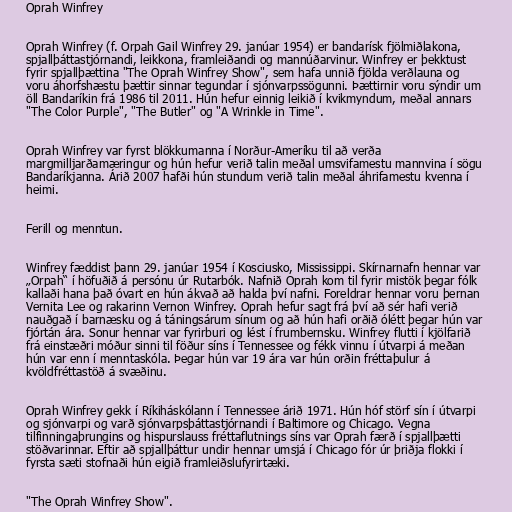
Oprah Winfrey

Oprah Winfrey (f. Orpah Gail Winfrey 29. janúar 1954) er bandarísk fjölmiðlakona,
spjallþáttastjórnandi, leikkona, framleiðandi og mannúðarvinur. Winfrey er þekktust
fyrir spjallþættina "The Oprah Winfrey Show", sem hafa unnið fjölda verðlauna og
voru áhorfshæstu þættir sinnar tegundar í sjónvarpssögunni. Þættirnir voru sýndir um
öll Bandaríkin frá 1986 til 2011. Hún hefur einnig leikið í kvikmyndum, meðal annars
"The Color Purple", "The Butler" og "A Wrinkle in Time".

Oprah Winfrey var fyrst blökkumanna í Norður-Ameríku til að verða
margmilljarðamæringur og hún hefur verið talin meðal umsvifamestu mannvina í sögu
Bandaríkjanna. Árið 2007 hafði hún stundum verið talin meðal áhrifamestu kvenna í
heimi.

Ferill og menntun.

Winfrey fæddist þann 29. janúar 1954 í Kosciusko, Mississippi. Skírnarnafn hennar var
„Orpah“ í höfuðið á persónu úr Rutarbók. Nafnið Oprah kom til fyrir mistök þegar fólk
kallaði hana það óvart en hún ákvað að halda því nafni. Foreldrar hennar voru þernan
Vernita Lee og rakarinn Vernon Winfrey. Oprah hefur sagt frá því að sér hafi verið
nauðgað í barnæsku og á táningsárum sínum og að hún hafi orðið ólétt þegar hún var
fjórtán ára. Sonur hennar var fyrirburi og lést í frumbernsku. Winfrey flutti í kjölfarið
frá einstæðri móður sinni til föður síns í Tennessee og fékk vinnu í útvarpi á meðan
hún var enn í menntaskóla. Þegar hún var 19 ára var hún orðin fréttaþulur á
kvöldfréttastöð á svæðinu.

Oprah Winfrey gekk í Ríkiháskólann í Tennessee árið 1971. Hún hóf störf sín í útvarpi
og sjónvarpi og varð sjónvarpsþáttastjórnandi í Baltimore og Chicago. Vegna
tilfinningaþrungins og hispurslauss fréttaflutnings síns var Oprah færð í spjallþætti
stöðvarinnar. Eftir að spjallþáttur undir hennar umsjá í Chicago fór úr þriðja flokki í
fyrsta sæti stofnaði hún eigið framleiðslufyrirtæki.

"The Oprah Winfrey Show".